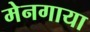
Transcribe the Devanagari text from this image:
मेनगाया